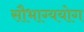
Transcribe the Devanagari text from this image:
सौभाग्ययोग